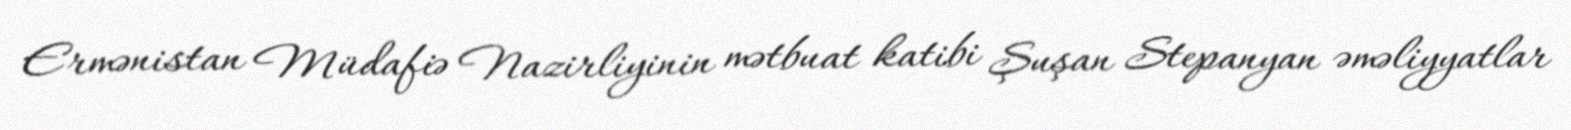
Ermənistan Müdafiə Nazirliyinin mətbuat katibi Şuşan Stepanyan əməliyyatlar